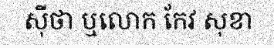
ស៊ីថា ឬលោក កែវ សុខា